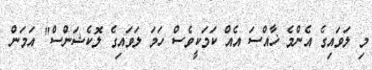
މި ލަވައިގެ އެންމެ ޚާއްސަ އެއް ކަމަކީވެސް ހަމަ ލަވައިގެ ލޮކެޝަންސް" އަަމަން